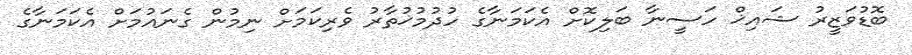
ބޮޑުވަޒީރު ޝައިޚް ހަސީނާ ބަލިކޮށް އެކަމަނާގެ ހުދުމުޚުތާރު ވެރިކަމަށް ނިމުން ގެނައުމަށް އެކަމަނާގެ